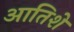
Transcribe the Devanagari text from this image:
आतिशे